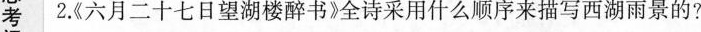
考2.《六月二十七日望湖楼醉书》全诗采用什么顺序来描写西湖雨景的?